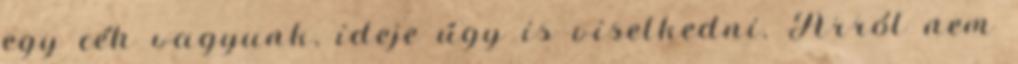
egy céh vagyunk, ideje úgy is viselkedni. Arról nem